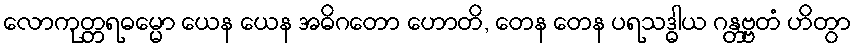
လောကုတ္တရဓမ္မော ယေန ယေန အဓိဂတော ဟောတိ, တေန တေန ပရသဒ္ဓါယ ဂန္တဗ္ဗတံ ဟိတွာ